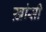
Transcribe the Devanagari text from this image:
ख़ांसी